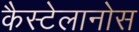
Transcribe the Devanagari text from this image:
कैस्टेलानोस